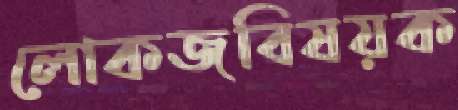
লোকজবিষয়ক